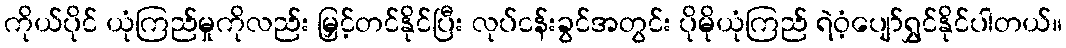
ကိုယ်ပိုင် ယုံကြည်မှုကိုလည်း မြှင့်တင်နိုင်ပြီး လုပ်ငန်းခွင်အတွင်း ပိုမိုယုံကြည် ရဲဝံ့ပျော်ရွှင်နိုင်ပါတယ်။